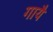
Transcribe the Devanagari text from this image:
गायै